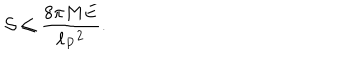
{ \cal S } \leq { \frac { 8 \pi M E } { \ell _ { P } { } ^ { 2 } } } .